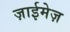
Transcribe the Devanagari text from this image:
ज़ाईमेज़